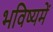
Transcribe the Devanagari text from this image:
भविष्‍यमें